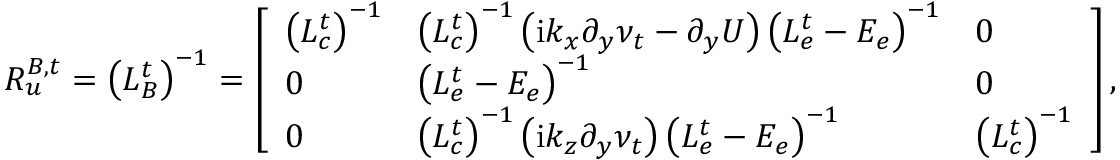
\boldsymbol { R _ { u } ^ { B , t } } = \left( \boldsymbol { L _ { B } ^ { t } } \right) ^ { - 1 } = \left[ \begin{array} { l l l } { \left( \boldsymbol { L _ { c } ^ { t } } \right) ^ { - 1 } } & { \left( \boldsymbol { L _ { c } ^ { t } } \right) ^ { - 1 } \left( \mathrm { i } k _ { x } \boldsymbol { \partial _ { y } \nu _ { t } } - \boldsymbol { \partial _ { y } } \boldsymbol { U } \right) \left( \boldsymbol { L _ { e } ^ { t } } - \boldsymbol { E _ { e } } \right) ^ { - 1 } } & { \boldsymbol { 0 } } \\ { \boldsymbol { 0 } } & { \left( \boldsymbol { L _ { e } ^ { t } } - \boldsymbol { E _ { e } } \right) ^ { - 1 } } & { \boldsymbol { 0 } } \\ { \boldsymbol { 0 } } & { \left( \boldsymbol { L _ { c } ^ { t } } \right) ^ { - 1 } \left( \mathrm { i } k _ { z } \boldsymbol { \partial _ { y } \nu _ { t } } \right) \left( \boldsymbol { L _ { e } ^ { t } } - \boldsymbol { E _ { e } } \right) ^ { - 1 } } & { \left( \boldsymbol { L _ { c } ^ { t } } \right) ^ { - 1 } } \end{array} \right] ,